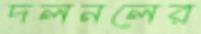
দলনলের